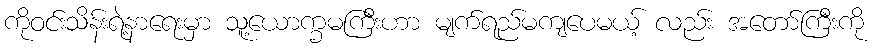
ကိုဝင်းသိန်းရဲ့နာရေးမှာ သူ့ယောက္ခမကြီးဟာ မျက်ရည်မကျပေမယ့် လည်း အတော်ကြီးကို